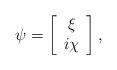
LaTeX: \begin{align*}\psi = \left[ \begin{array}{c} \xi \\ i \chi \end{array} \right],\end{align*}